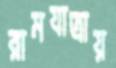
রামযাত্রায়